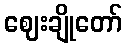
ဈေးချိုတော်